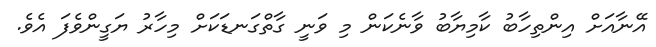
އޭނާއަށް އިންތިހާބު ކާމިޔާބު ވާނެކަން މި ވަނީ ގާތްގަނޑަކަށް މިހާރު ޔަގީންވެފަ އެވެ.